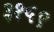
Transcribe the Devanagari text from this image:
३१५९